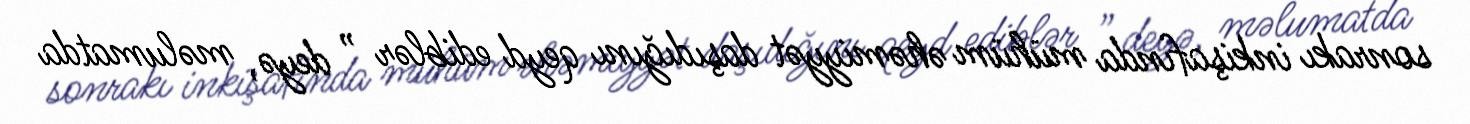
sonrakı inkişafında mühüm əhəmiyyət daşıdığını qeyd ediblər ” deyə, məlumatda